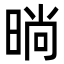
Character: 㫾